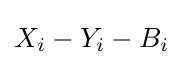
X_{i}-Y_{i}-B_{i}